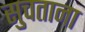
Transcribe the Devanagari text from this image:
सुचताना